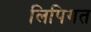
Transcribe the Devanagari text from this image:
लिपिगत